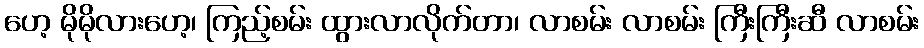
ဟေ့ မိုမိုလားဟေ့၊ ကြည့်စမ်း ထွားလာလိုက်တာ၊ လာစမ်း လာစမ်း ကြီးကြီးဆီ လာစမ်း